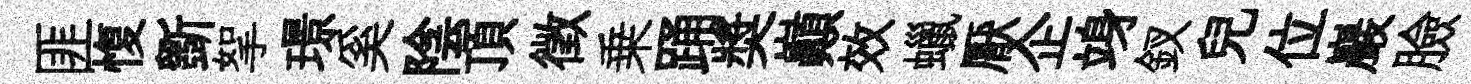
匪愎斵挐璟奚陰頂徵乗踊奬巔效蠟厭企竧釵兒位巖臉